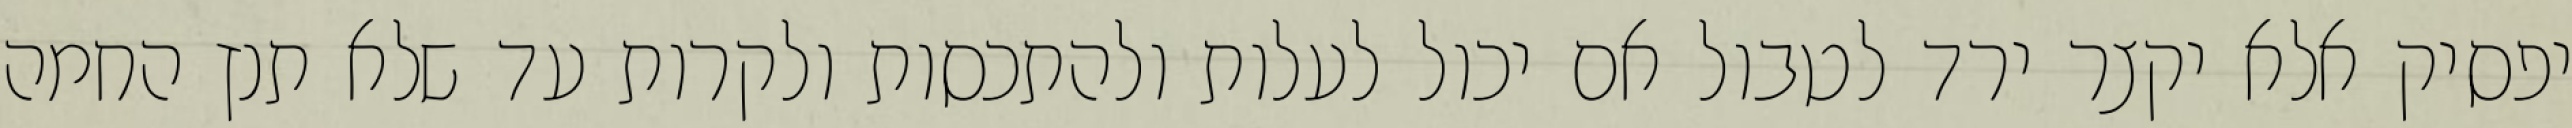
יפסיק אלא יקצר ירד לטבול אם יכול לעלות ולהתכסות ולקרות עד שלא תנץ החמה